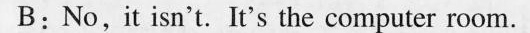
B:No,it isn't. It's the computer room.